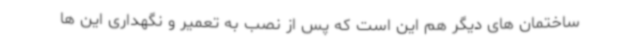
ساختمان های دیگر هم این است که پس از نصب به تعمیر و نگهداری این ها